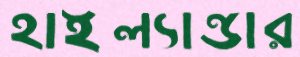
হাইল্যান্ডার